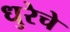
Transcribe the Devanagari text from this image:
धुरेचे